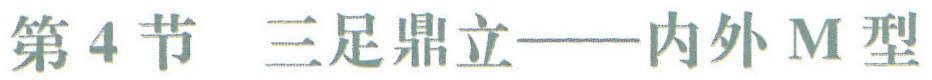
第4节 三足鼎立——内外M型